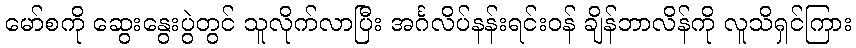
မော်စကို ဆွေးနွေးပွဲတွင် သူလိုက်လာပြီး အင်္ဂလိပ်နန်းရင်းဝန် ချိန်ဘာလိန်ကို လူသိရှင်ကြား